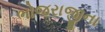
ભોજરાજીના